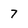
Character: 7